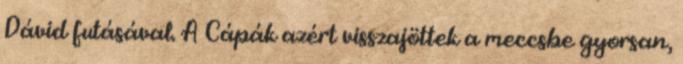
Dávid futásával. A Cápák azért visszajöttek a meccsbe gyorsan,